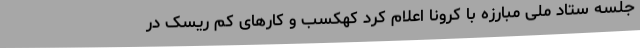
جلسه ستاد ملی مبارزه با کرونا اعلام کرد کهکسب و کارهای کم ریسک در